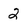
Character: 2